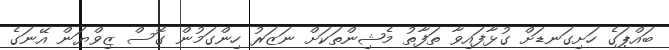
ބައްޕަގެ ހަށިގަނޑަށް ގުޅާފައިވާ ތަފާތު މެޝިންތަކަށް ނަޒަރު ހިންގަމުން ގޮސް ޒިވްޔަން އޭނަގެ